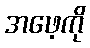
အဖေ့ကို